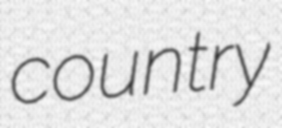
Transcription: country